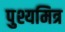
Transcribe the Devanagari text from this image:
पुश्यमित्र